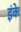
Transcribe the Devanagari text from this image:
इंके